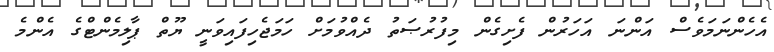
އެހެންނަމަވެސް އަންނަ އަހަރުން ފެށިގެން މިފުރުޞަތު ދެއްވުމަށް ހަމަޖެހިފައިވަނީ ޔޫތް ޕާލިމެންޓްގެ އެންމެ